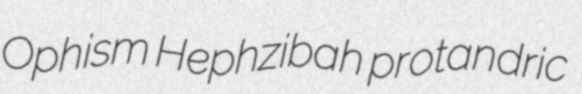
Ophism Hephzibah protandric